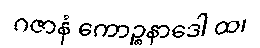
ဂဇာနံ ကောဉ္စနာဒေါ ထ၊